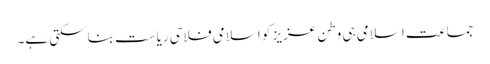
جماعت اسلامی ہی وطن عزیز کو اسلامی فلاحی ریاست بناسکتی ہے۔